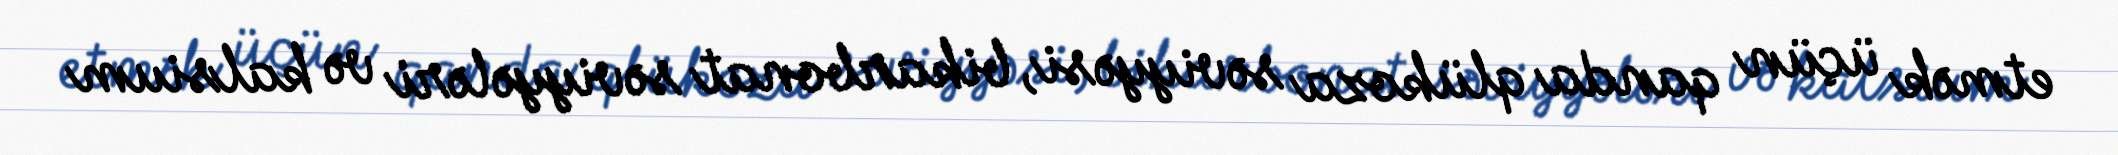
etmək üçün qanda qlükoza səviyyəsi, bikarbonat səviyyələri və kalsium